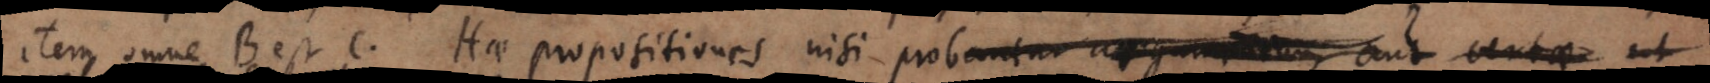
item omne B est C. Hae propositiones nisi probantur argumentum aut certae ut